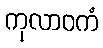
ကုလာဝကံ